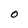
Character: O